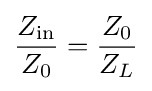
{\frac {Z_{\mathrm {in} }}{Z_{0}}}={\frac {Z_{0}}{Z_{L}}}